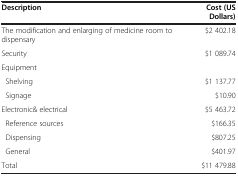
<table><thead><tr><td><b>Description</b></td><td><b>Cost (US Dollars)</b></td></tr></thead><tbody><tr><td>The modification and enlarging of medicine room to dispensary</td><td>$2 402.18</td></tr><tr><td>Security</td><td>$1 089.74</td></tr><tr><td>Equipment</td><td> </td></tr><tr><td> Shelving</td><td>$1 137.77</td></tr><tr><td> Signage</td><td>$10.90</td></tr><tr><td>Electronic&amp; electrical</td><td>$5 463.72</td></tr><tr><td> Reference sources</td><td>$166.35</td></tr><tr><td> Dispensing</td><td>$807.25</td></tr><tr><td> General</td><td>$401.97</td></tr><tr><td>Total</td><td>$11 479.88</td></tr></tbody></table>